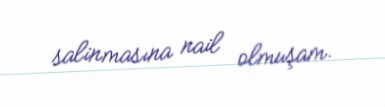
salinmasına nail olmuşam.